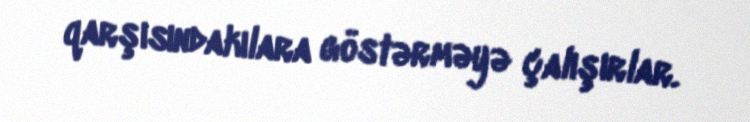
qarşısındakılara göstərməyə çalışırlar.